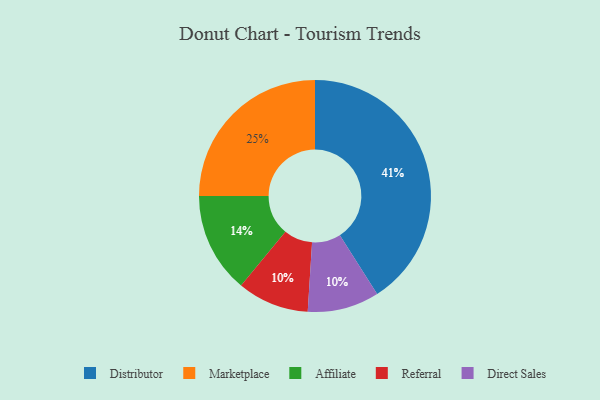
{"axis": {"x": "Category", "y": "Percentage"}, "legend": ["Affiliate", "Direct Sales", "Distributor", "Marketplace", "Referral"], "data": [{"x": "Distributor", "y": 41, "type": "Distributor"}, {"x": "Referral", "y": 10, "type": "Referral"}, {"x": "Direct Sales", "y": 10, "type": "Direct Sales"}, {"x": "Affiliate", "y": 14, "type": "Affiliate"}, {"x": "Marketplace", "y": 25, "type": "Marketplace"}]}